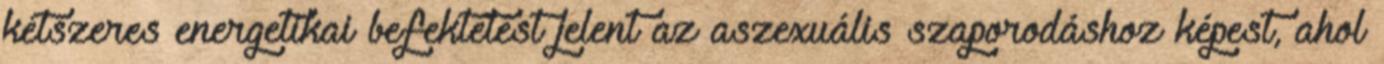
kétszeres energetikai befektetést jelent az aszexuális szaporodáshoz képest, ahol